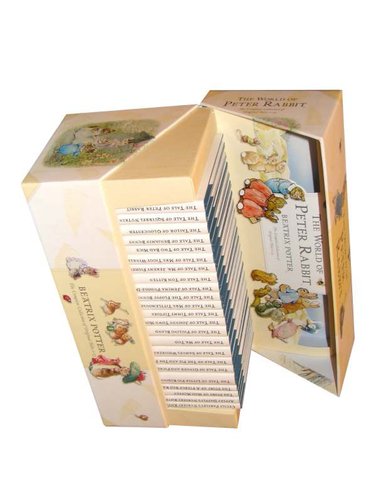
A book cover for The World of Peter Rabbit (The Original Peter Rabbit, Books 1-23, Presentation Box); Beatrix Potter; Children's Books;